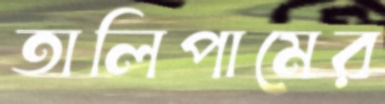
তালিপামের